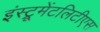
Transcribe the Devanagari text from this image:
इंस्ट्रूमेंटलिटीएस